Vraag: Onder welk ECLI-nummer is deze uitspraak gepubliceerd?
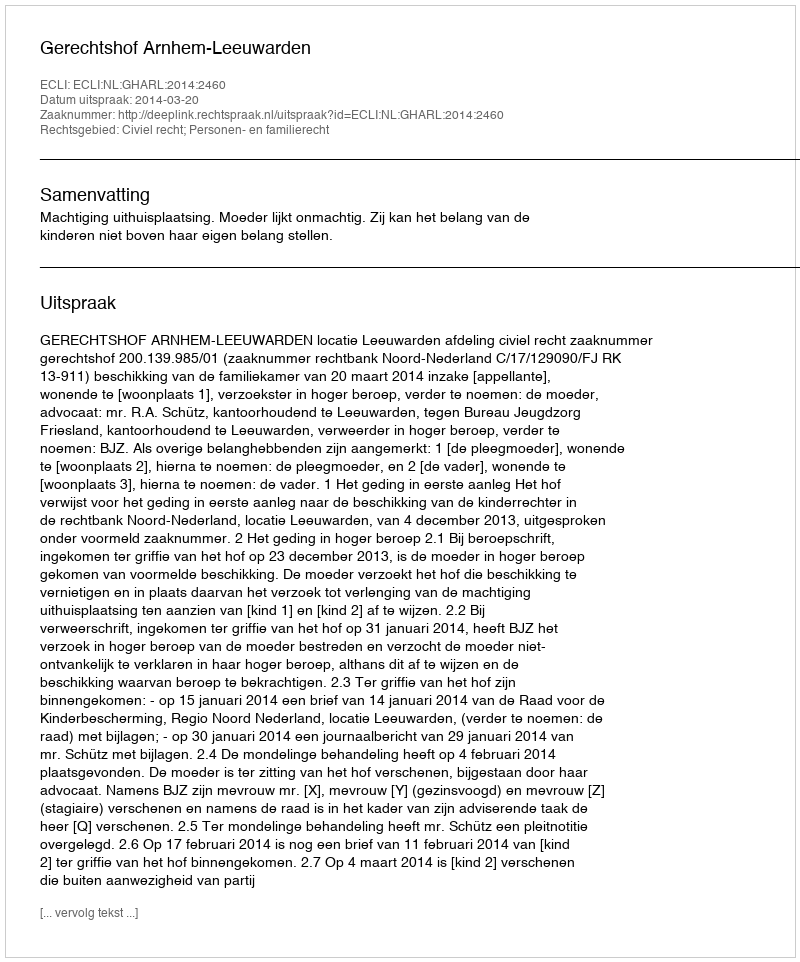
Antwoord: ECLI:NL:GHARL:2014:2460